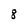
Character: 8